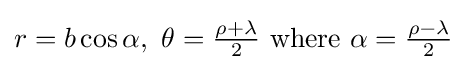
r=b\cos \alpha ,\ \theta ={\tfrac {\rho +\lambda }{2}}\ {\mbox{where}}\ \alpha ={\tfrac {\rho -\lambda }{2}}